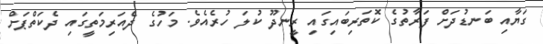
ގަޔާއި ބަނޑުދަށް ފަރާތުގެ ކޮތަރިބައިގައި ރީނދޫ ކުލަ ހުރެއެވެ. މަހުގެ ދެއަރިމަތީގައި ދެކަތްޕަށް